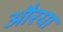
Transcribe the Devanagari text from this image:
औरया